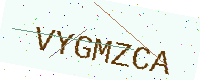
Text: VYGMZCA